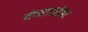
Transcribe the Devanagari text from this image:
यंच्याबरोबर